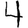
Digit: 4